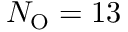
N _ { \mathrm { O } } = 1 3